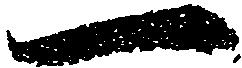
一